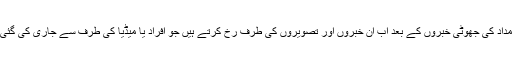
مالی امداد کی جھوٹی خبروں کے بعد اب ان خبروں اور تصویروں کی طرف رخ کرتے ہیں جو افراد یا میڈیا کی طرف سے جاری کی گئی تھیں۔